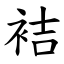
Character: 袺